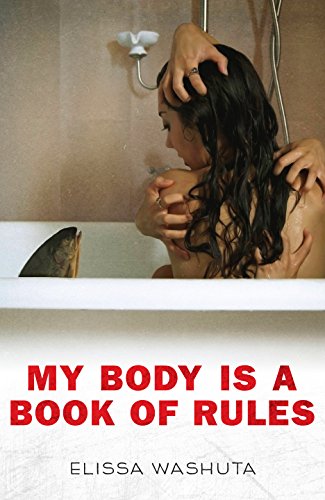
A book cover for My Body Is a Book of Rules; Elissa Washuta; Literature & Fiction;